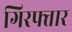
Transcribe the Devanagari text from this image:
गिरफ्त्तार